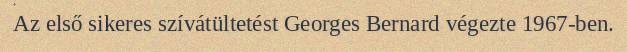
Az első sikeres szívátültetést Georges Bernard végezte 1967-ben.